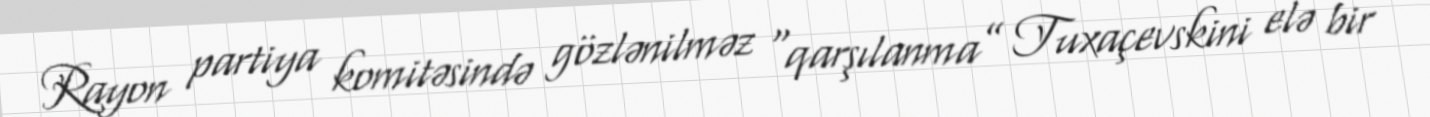
Rayon partiya komitəsində gözlənilməz “qarşılanma” Tuxaçevskini elə bir